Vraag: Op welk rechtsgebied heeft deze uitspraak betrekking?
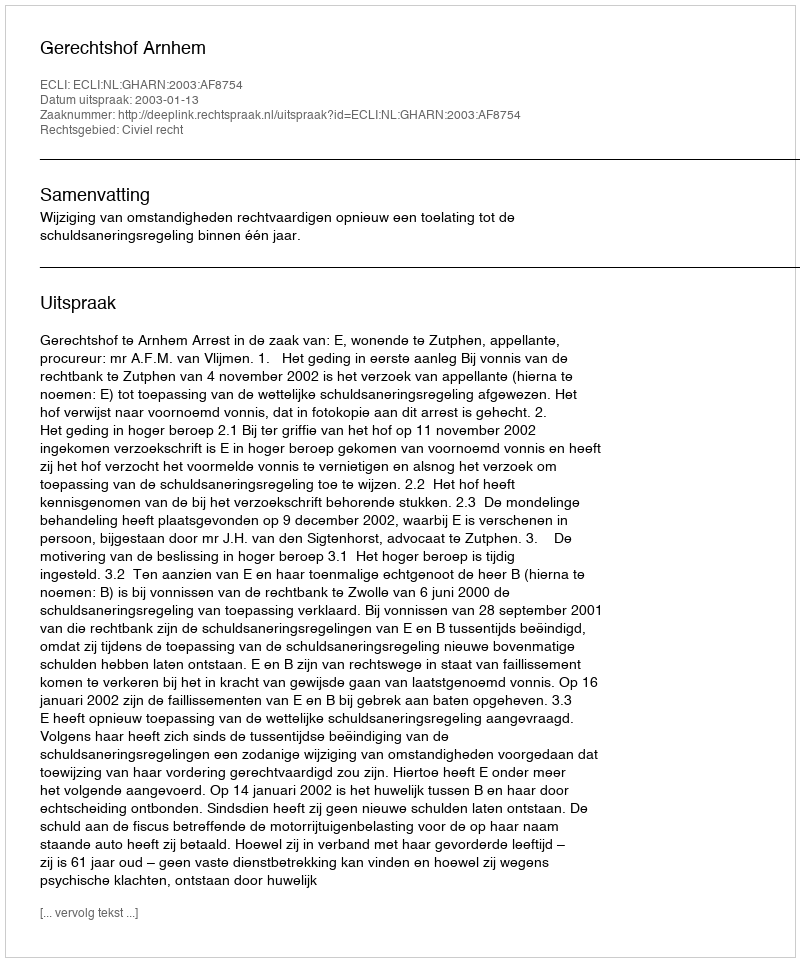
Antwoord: Civiel recht